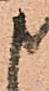
申